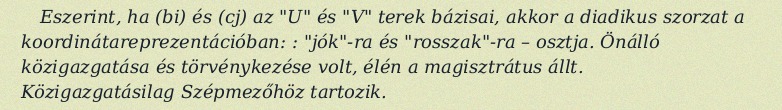
Eszerint, ha (bi) és (cj) az "U" és "V" terek bázisai, akkor a diadikus szorzat a koordinátareprezentációban: : "jók"-ra és "rosszak"-ra – osztja. Önálló közigazgatása és törvénykezése volt, élén a magisztrátus állt. Közigazgatásilag Szépmezőhöz tartozik.